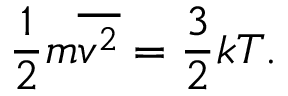
{ \frac { 1 } { 2 } } m { \overline { { v ^ { 2 } } } } = { \frac { 3 } { 2 } } k T .